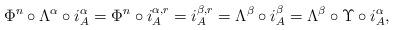
LaTeX: \begin{align*} \Phi^n\circ \Lambda^\alpha\circ i_A^\alpha= \Phi^n\circ i_A^{\alpha,r}=i_A^{\beta,r}=\Lambda^\beta\circ i_A^\beta=\Lambda^\beta\circ \Upsilon\circ i_A^\alpha, \end{align*}